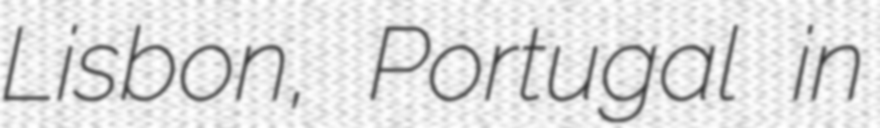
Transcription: Lisbon, Portugal in